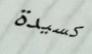
كسيدة